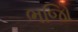
ભજિો